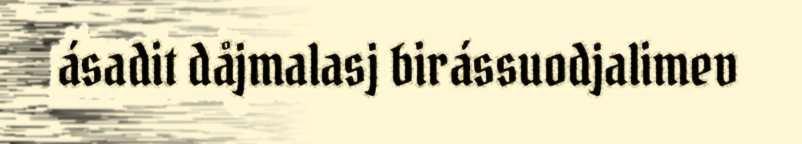
ásadit dåjmalasj birássuodjalimev